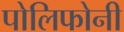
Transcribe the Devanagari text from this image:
पोलिफोनी